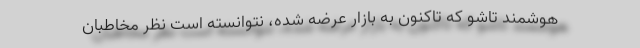
هوشمند تاشو که تاکنون به بازار عرضه شده، نتوانسته است نظر مخاطبان